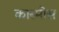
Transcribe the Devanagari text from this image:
कास्मोस